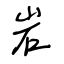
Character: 岩